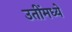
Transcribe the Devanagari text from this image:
उतींमध्ये